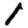
Digit: 1